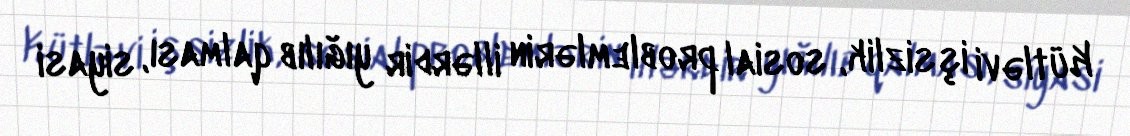
Kütləvi işsizlik, sosial problemlərin illərdir yığılıb qalması, siyasi